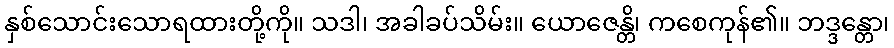
နှစ်သောင်းသောရထားတို့ကို။ သဒါ၊ အခါခပ်သိမ်း။ ယောဇေန္တိ၊ ကစေကုန်၏။ ဘဒ္ဒန္တော၊